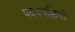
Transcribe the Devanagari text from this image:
पवनचक्कियों